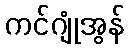
ကင်ဂျုံအွန်